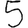
Digit: 5